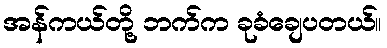
အန်ကယ်တို့ ဘက်က ခုခံချေပတယ်။